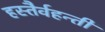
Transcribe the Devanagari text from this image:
हस्तैर्वहन्तीं